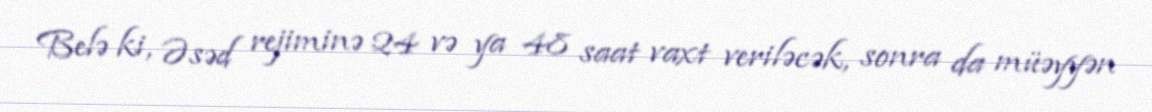
Belə ki, Əsəd rejiminə 24 və ya 48 saat vaxt veriləcək, sonra da müəyyən